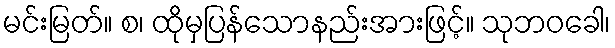
မင်းမြတ်။ စ၊ ထိုမှပြန်သောနည်းအားဖြင့်။ သုဘဝခေါ၊